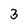
Character: 3